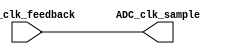
module clock_managment_advanced #(
   parameter pBYTECNT_SIZE = 7
)(
    input  wire                         ADC_clk_feedback, // Clock from ADC (used for sampling)

    output wire                         ADC_clk_sample // Clock to System compensates for wire delay of ADC clock
);

/* Note: this is a rather useless module, but it exists because if we move the
* simple assignments up to openadc_interface.v (or do away with them entirely
* by renaming the signals appropriately, then the Xilinx fast FIFO doesn't
* simulate properly with iverilog (its empty flag never goes low).
*
*   ¯\_(ツ)_/¯
*
*/

    assign ADC_clk_sample = ADC_clk_feedback;

endmodule